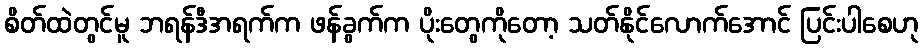
စိတ်ထဲတွင်မူ ဘရန်ဒီအရက်က ဖန်ခွက်က ပိုးတွေကိုတော့ သတ်နိုင်လောက်အောင် ပြင်းပါစေဟု